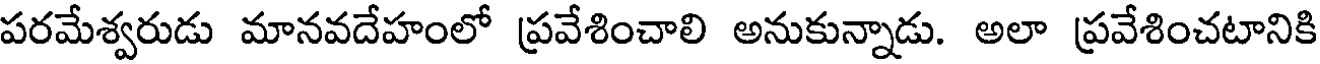
పరమేశ్వరుడు మానవదేహంలో ప్రవేశించాలి అనుకున్నాడు. అలా ప్రవేశించటానికి